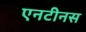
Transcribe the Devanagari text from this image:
एनटीनस